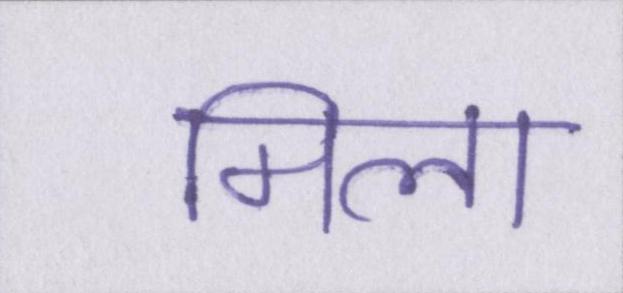
मिला